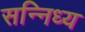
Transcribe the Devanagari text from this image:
सन्निध्य